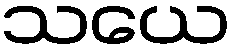
သယေ